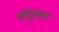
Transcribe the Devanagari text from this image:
पॉपुल्लर